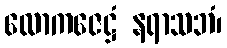
လောကဇေဋ္ဌံ နရာသဘံ၊